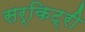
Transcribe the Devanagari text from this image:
सर्किट्री